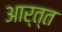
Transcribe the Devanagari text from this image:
आर्त्त